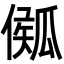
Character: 𤬈